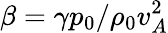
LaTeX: \beta=\gamma p_{0}/\rho_{0}v_{A}^{2}